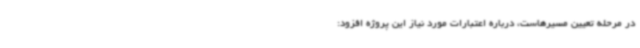
در مرحله تعیین مسیرهاست، درباره اعتبارات مورد نیاز این پروژه افزود: